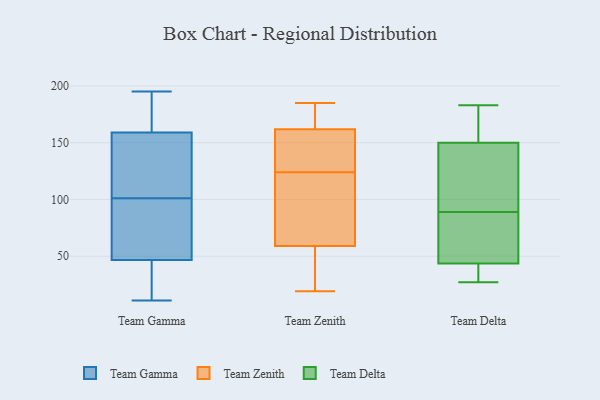
{"axis": {"x": "Conversion Rate (%)", "y": "Value"}, "legend": ["Team Delta", "Team Gamma", "Team Zenith"], "data": [{"x": "", "y": 182, "type": "Team Gamma"}, {"x": "", "y": 51, "type": "Team Gamma"}, {"x": "", "y": 63, "type": "Team Gamma"}, {"x": "", "y": 189, "type": "Team Gamma"}, {"x": "", "y": 127, "type": "Team Gamma"}, {"x": "", "y": 79, "type": "Team Gamma"}, {"x": "", "y": 141, "type": "Team Gamma"}, {"x": "", "y": 117, "type": "Team Gamma"}, {"x": "", "y": 118, "type": "Team Gamma"}, {"x": "", "y": 42, "type": "Team Gamma"}, {"x": "", "y": 160, "type": "Team Gamma"}, {"x": "", "y": 168, "type": "Team Gamma"}, {"x": "", "y": 18, "type": "Team Gamma"}, {"x": "", "y": 11, "type": "Team Gamma"}, {"x": "", "y": 14, "type": "Team Gamma"}, {"x": "", "y": 158, "type": "Team Gamma"}, {"x": "", "y": 195, "type": "Team Gamma"}, {"x": "", "y": 34, "type": "Team Gamma"}, {"x": "", "y": 85, "type": "Team Gamma"}, {"x": "", "y": 82, "type": "Team Gamma"}, {"x": "", "y": 124, "type": "Team Zenith"}, {"x": "", "y": 19, "type": "Team Zenith"}, {"x": "", "y": 167, "type": "Team Zenith"}, {"x": "", "y": 177, "type": "Team Zenith"}, {"x": "", "y": 160, "type": "Team Zenith"}, {"x": "", "y": 173, "type": "Team Zenith"}, {"x": "", "y": 68, "type": "Team Zenith"}, {"x": "", "y": 66, "type": "Team Zenith"}, {"x": "", "y": 134, "type": "Team Zenith"}, {"x": "", "y": 38, "type": "Team Zenith"}, {"x": "", "y": 25, "type": "Team Zenith"}, {"x": "", "y": 83, "type": "Team Zenith"}, {"x": "", "y": 156, "type": "Team Zenith"}, {"x": "", "y": 158, "type": "Team Zenith"}, {"x": "", "y": 185, "type": "Team Zenith"}, {"x": "", "y": 31, "type": "Team Zenith"}, {"x": "", "y": 78, "type": "Team Zenith"}, {"x": "", "y": 132, "type": "Team Delta"}, {"x": "", "y": 33, "type": "Team Delta"}, {"x": "", "y": 183, "type": "Team Delta"}, {"x": "", "y": 27, "type": "Team Delta"}, {"x": "", "y": 89, "type": "Team Delta"}, {"x": "", "y": 182, "type": "Team Delta"}, {"x": "", "y": 39, "type": "Team Delta"}, {"x": "", "y": 171, "type": "Team Delta"}, {"x": "", "y": 102, "type": "Team Delta"}, {"x": "", "y": 62, "type": "Team Delta"}, {"x": "", "y": 143, "type": "Team Delta"}, {"x": "", "y": 45, "type": "Team Delta"}, {"x": "", "y": 67, "type": "Team Delta"}]}